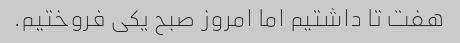
هفت تا داشتیم اما امروز صبح یکی فروختیم.